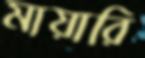
মায়ারি